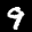
Label: 9